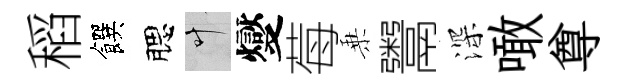
稻饌腮叶燮莓乗鬻深噉尊